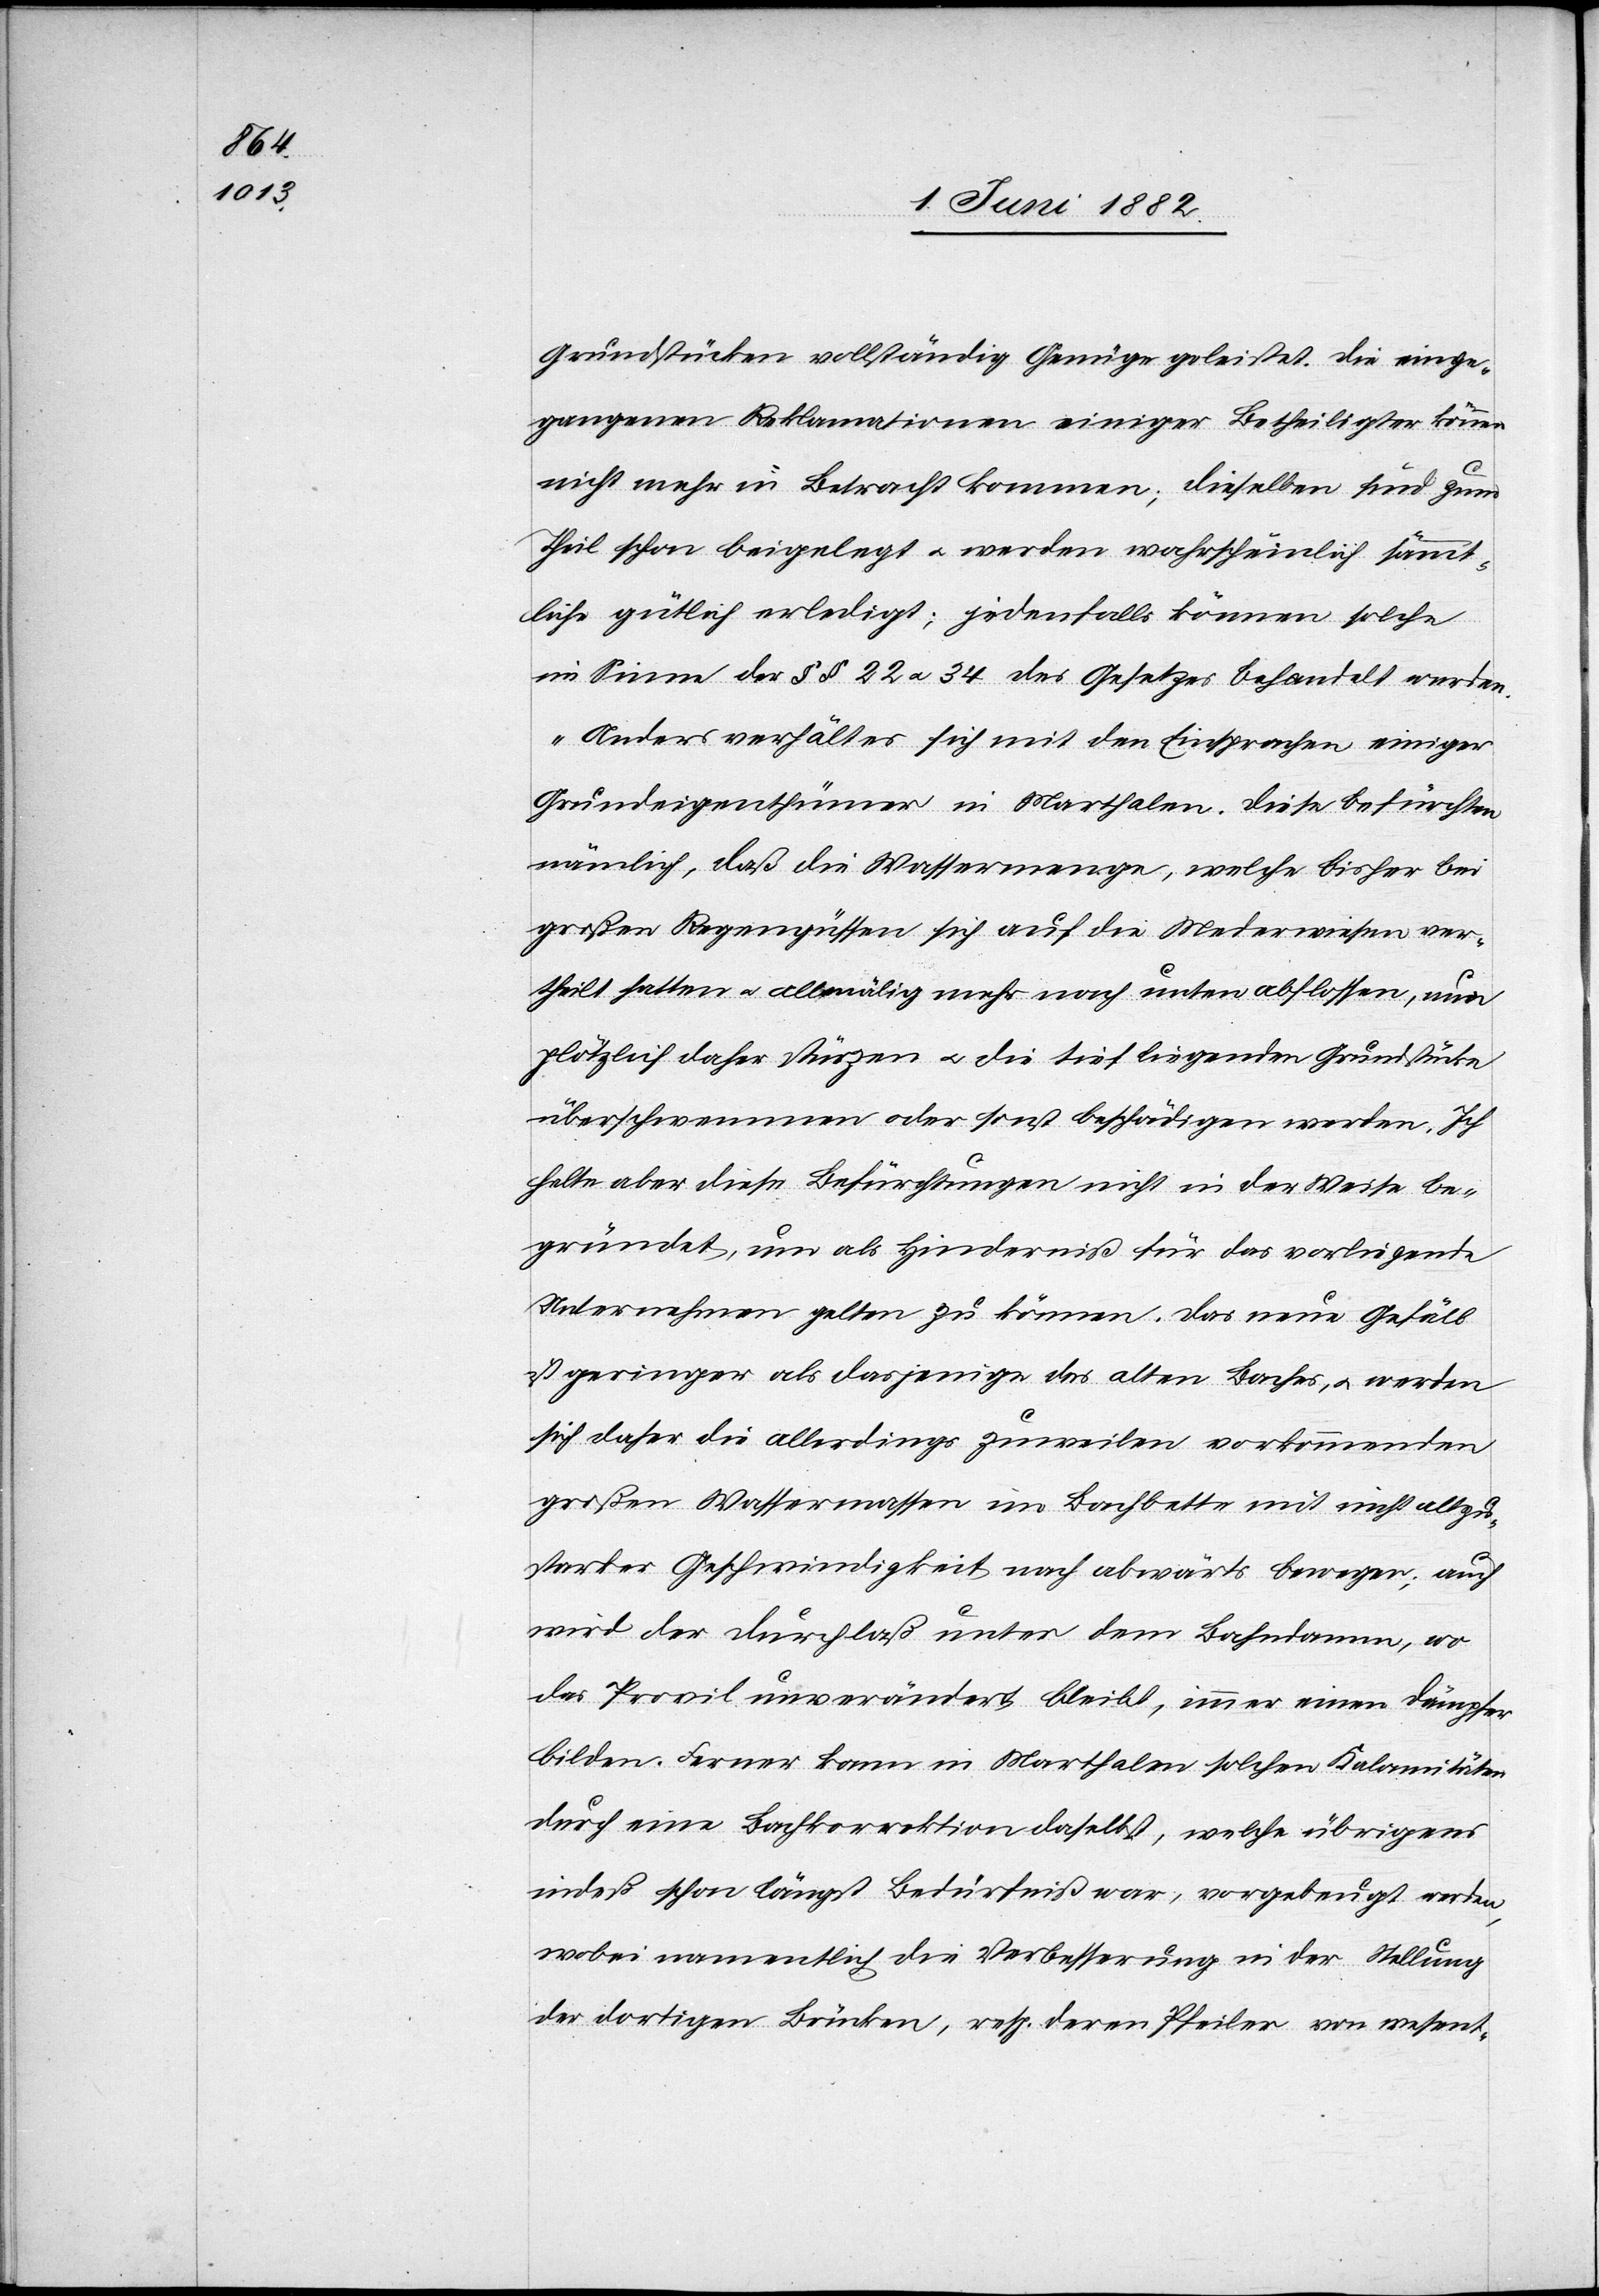
Grundstücken vollständig Genüge geleistet. Die einge¬
gangenen Reklamationen einiger Betheiligter können
nicht mehr in Betracht kommen; dieselben sind zum
Theil schon beigelegt u. werden wahrscheinlich sämmt¬
liche gütlich erledigt; jedenfalls können solche
im Sinne der §§ 22 u. 34 des Gesetzes behandelt werden.
Anders verhält es sich mit den Einsprachen einiger
Grundeigenthümer in Marthalen. Diese befürchten
nämlich, daß die Wassermenge, welche bisher bei
großen Regengüssen sich auf die Mederwiesen ver¬
theilt hatten u. allmälig mehr nach unter abflossen, nun
plötzlich daher stürzen u. die tief liegenden Grundstücke
überschwemmen oder sonst beschädigen werden. Ich
halte aber diese Befürchtungen nicht in der Weise be¬
gründet, um als Hinderniß für das vorliegende
Unternehmen gelten zu können. Das neue Gefäll
ist geringer als dasjenige des alten Baches, u. werden
sich daher die allerdings zuweilen vorkommenden
großen Wassermassen im Bachbette mit nicht allzu¬
starker Geschwindigkeit nach abwärts bewegen; auch
wird der Durchlaß unter dem Bahndamm, wo
das Profil unverändert bleibt, immer einen Dämpfer
bilden. Ferner kann in Marthalen solchen Kalamitäten
durch eine Bachkorrektion daselbst, welche übrigens
indeß schon längst Bedürfniß war, vorgebeugt werden,
wobei namentlich die Verbesserung in der Stellung
der dortigen Brücken, resp. deren Pfeiler von wesent-